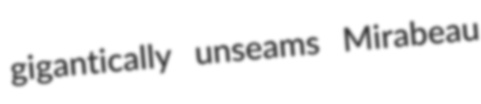
gigantically unseams Mirabeau